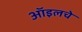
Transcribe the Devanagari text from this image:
ऑइलचे